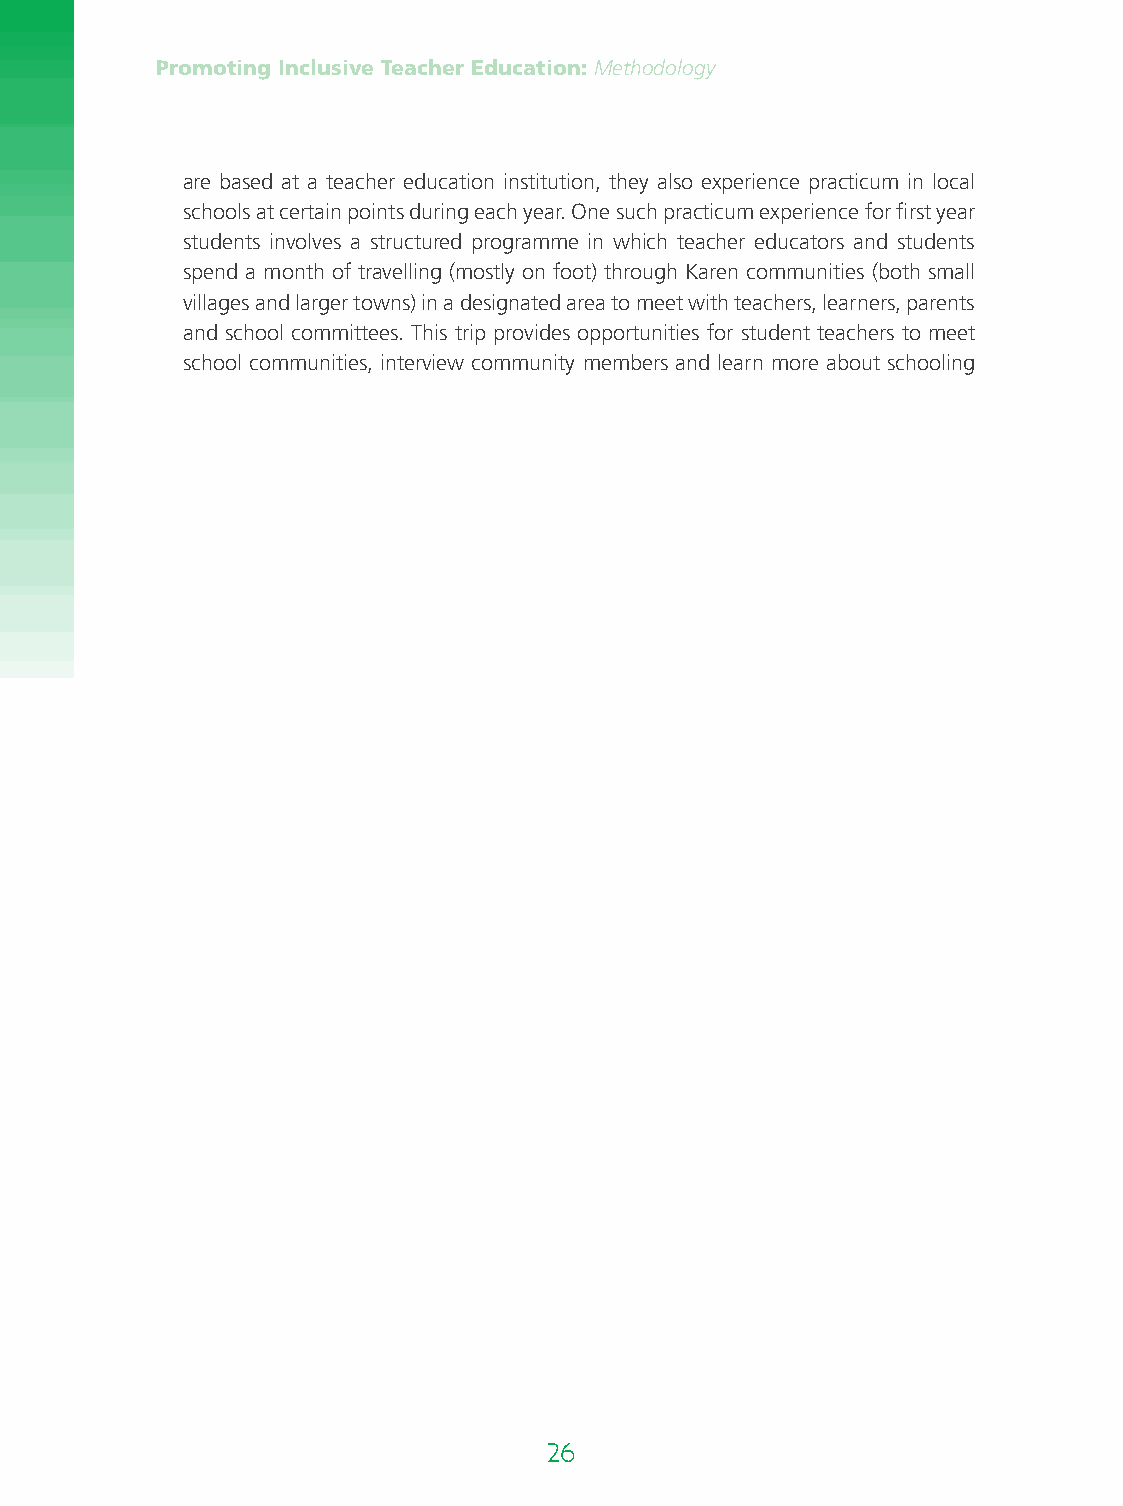
Promoting Inclusive Teacher Education: Methodology
 are based at a teacher education institution, they also experience practicum in local
 schools at certain points during each year. One such practicum experience for first year
 students involves a structured programme in which teacher educators and students
 spend a month of travelling (mostly on foot) through Karen communities (both small
 villages and larger towns) in a designated area to meet with teachers, learners, parents
 and school committees. This trip provides opportunities for student teachers to meet
 school communities, interview community members and learn more about schooling
 26                                                                         27